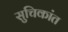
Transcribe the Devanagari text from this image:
सुचिकांत